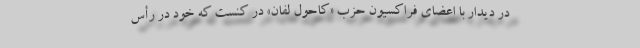
در دیدار با اعضای فراکسیون حزب «کاحول لفان» در کنست که خود در رأس